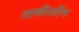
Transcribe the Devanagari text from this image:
ताचीऑन